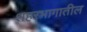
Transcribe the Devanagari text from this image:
शहरभागातील